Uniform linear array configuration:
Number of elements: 16
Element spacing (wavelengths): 0.75
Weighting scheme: uniform
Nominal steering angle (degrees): -30
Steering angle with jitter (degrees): -29.677
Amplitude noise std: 0.05
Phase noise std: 0.05

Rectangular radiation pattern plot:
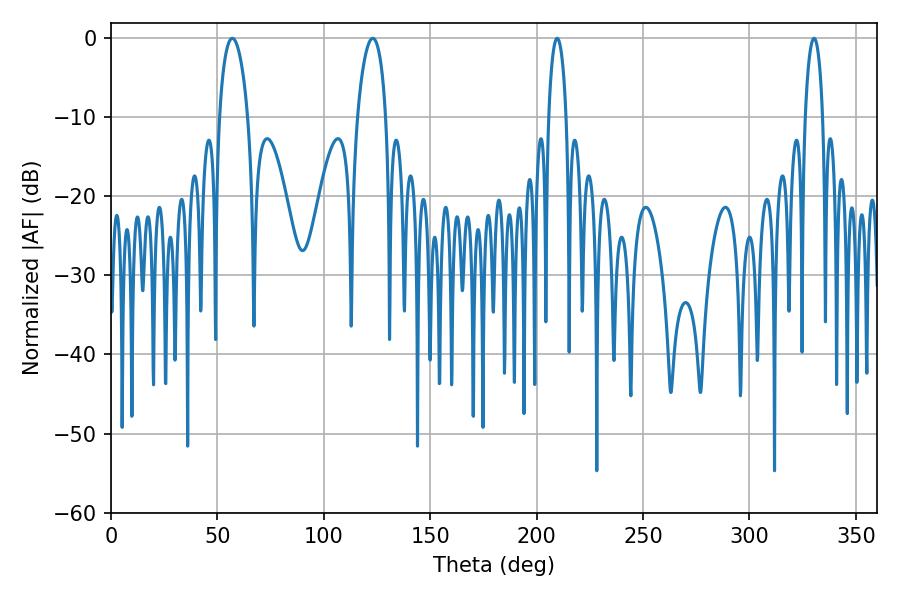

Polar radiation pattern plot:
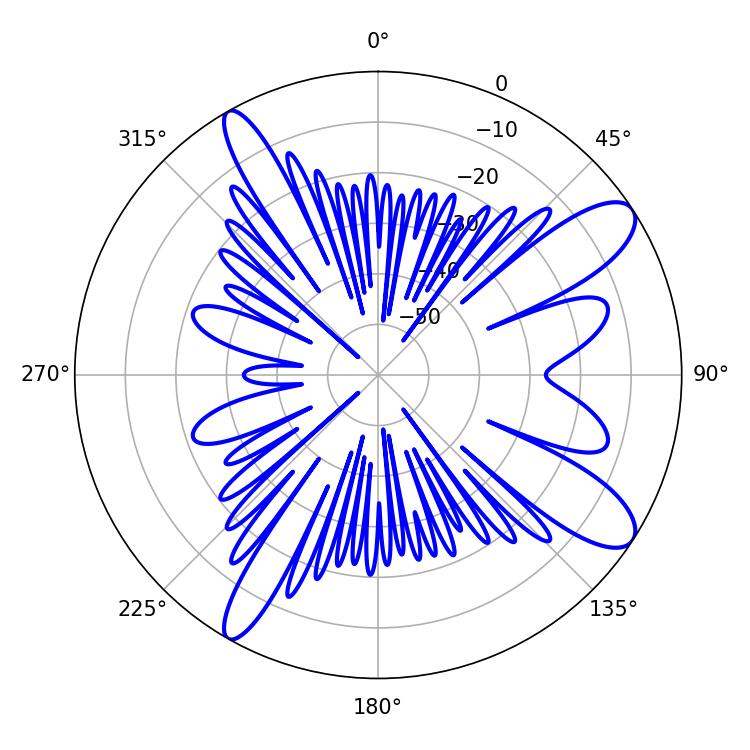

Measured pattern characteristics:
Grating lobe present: TRUE
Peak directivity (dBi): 10.905
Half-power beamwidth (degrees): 7.56
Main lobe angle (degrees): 57.06